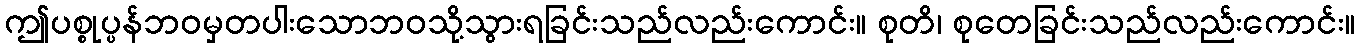
ဤပစ္စုပ္ပန်ဘဝမှတပါးသောဘဝသို့သွားရခြင်းသည်လည်းကောင်း။ စုတိ၊ စုတေခြင်းသည်လည်းကောင်း။